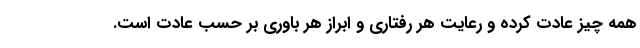
همه چیز عادت کرده و رعایت هر رفتاری و ابراز هر باوری بر حسب عادت است.